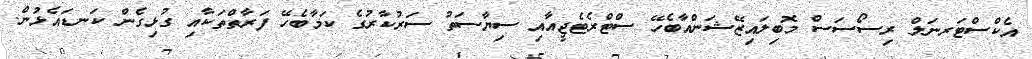
އެކްސްޓަރނަލް ރިސޯސަސް މޮބިލައިޒޭޝަންއާބެހޭ ސްޓްރެޓެޖީއާއި ސިޔާސަތު ސަރުކާރުގެ ކަމާބެހޭ ފަރާތްތަކާއި ގުޅިގެން ކަނޑައެޅުން.